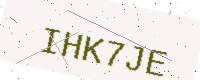
Text: IHK7JE